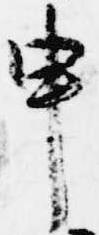
申